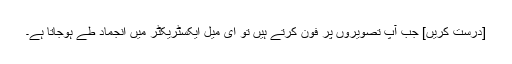
[درست کریں] جب آپ تصویروں پر فون کرتے ہیں تو ای میل ایکسٹریکٹر میں انجماد طے ہوجاتا ہے۔